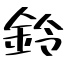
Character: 鈴